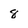
Character: 8